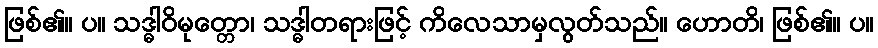
ဖြစ်၏။ ပ။ သဒ္ဓါဝိမုတ္တော၊ သဒ္ဓါတရားဖြင့် ကိလေသာမှလွတ်သည်။ ဟောတိ၊ ဖြစ်၏။ ပ။